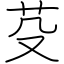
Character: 芟